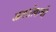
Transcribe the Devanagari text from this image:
आदर्शत्वाची